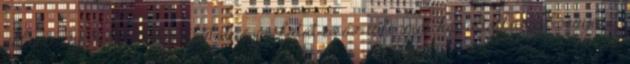
valamennyi módszertani kutatás vázlatát és az informatikai adatbázis környezet